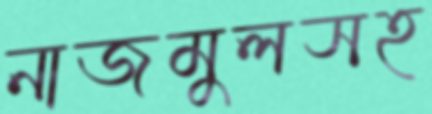
নাজমুলসহ